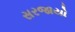
સરજાયો